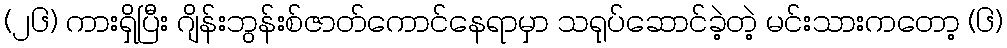
(၂၆) ကားရှိပြီး ဂျိန်းဘွန်းစ်ဇာတ်ကောင်နေရာမှာ သရုပ်ဆောင်ခဲ့တဲ့ မင်းသားကတော့ (၆)